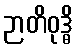
ဉာတိဝုဒ္ဓိ